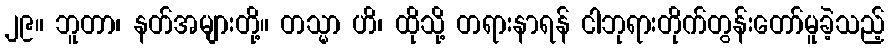
၂၉။ ဘူတာ၊ နတ်အများတို့။ တသ္မာ ဟိ၊ ထိုသို့ တရားနာရန် ငါဘုရားတိုက်တွန်းတော်မူခဲ့သည့်